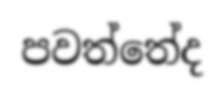
පවත්තේද